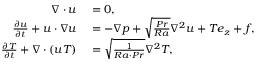
\begin{array} { r l } { \boldsymbol { \nabla } \cdot \boldsymbol { u } } & { { } = 0 , } \\ { \frac { \partial \boldsymbol { u } } { \partial t } + \boldsymbol { u } \cdot \boldsymbol { \nabla u } } & { { } = - \boldsymbol { \nabla } p + \sqrt { \frac { P r } { R a } } \nabla ^ { 2 } \boldsymbol { u } + T \boldsymbol { e _ { z } } + \boldsymbol { f } , } \\ { \frac { \partial T } { \partial t } + \boldsymbol { \nabla } \cdot ( \boldsymbol { u } T ) } & { { } = \sqrt { \frac { 1 } { R a \cdot P r } } \nabla ^ { 2 } T , } \end{array}